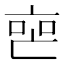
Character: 𬽐